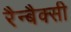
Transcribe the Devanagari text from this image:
रैन्बैक्सी